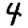
Digit: 4